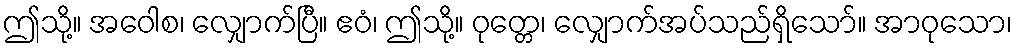
ဤသို့။ အဝေါစ၊ လျှောက်ပြီ။ ဧဝံ၊ ဤသို့။ ဝုတ္တေ၊ လျှောက်အပ်သည်ရှိသော်။ အာဝုသော၊